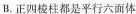
B.正四棱柱都是平行六面体